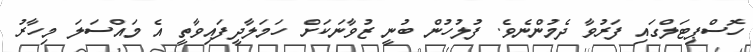
ހޮސްޕިޓަލްގައި ފަރުވާ ދެމުންނެވެ. ފުލުހުން ބުނީ ޒުވާނަކަށް ހަމަލާދީފައިވާތީ އެ މައްސަލަ މިހާރު